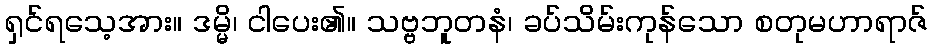
ရှင်ရသေ့အား။ ဒမ္မိ၊ ငါပေး၏။ သဗ္ဗဘူတနံ၊ ခပ်သိမ်းကုန်သော စတုမဟာရာဇ်